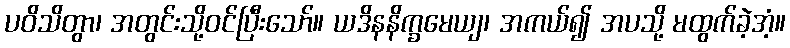
ပဝိသိတွာ၊ အတွင်းသို့ဝင်ပြီးသော်။ ယဒိနနိက္ခမေယျ၊ အကယ်၍ အပသို့ မထွက်ခဲ့အံ့။